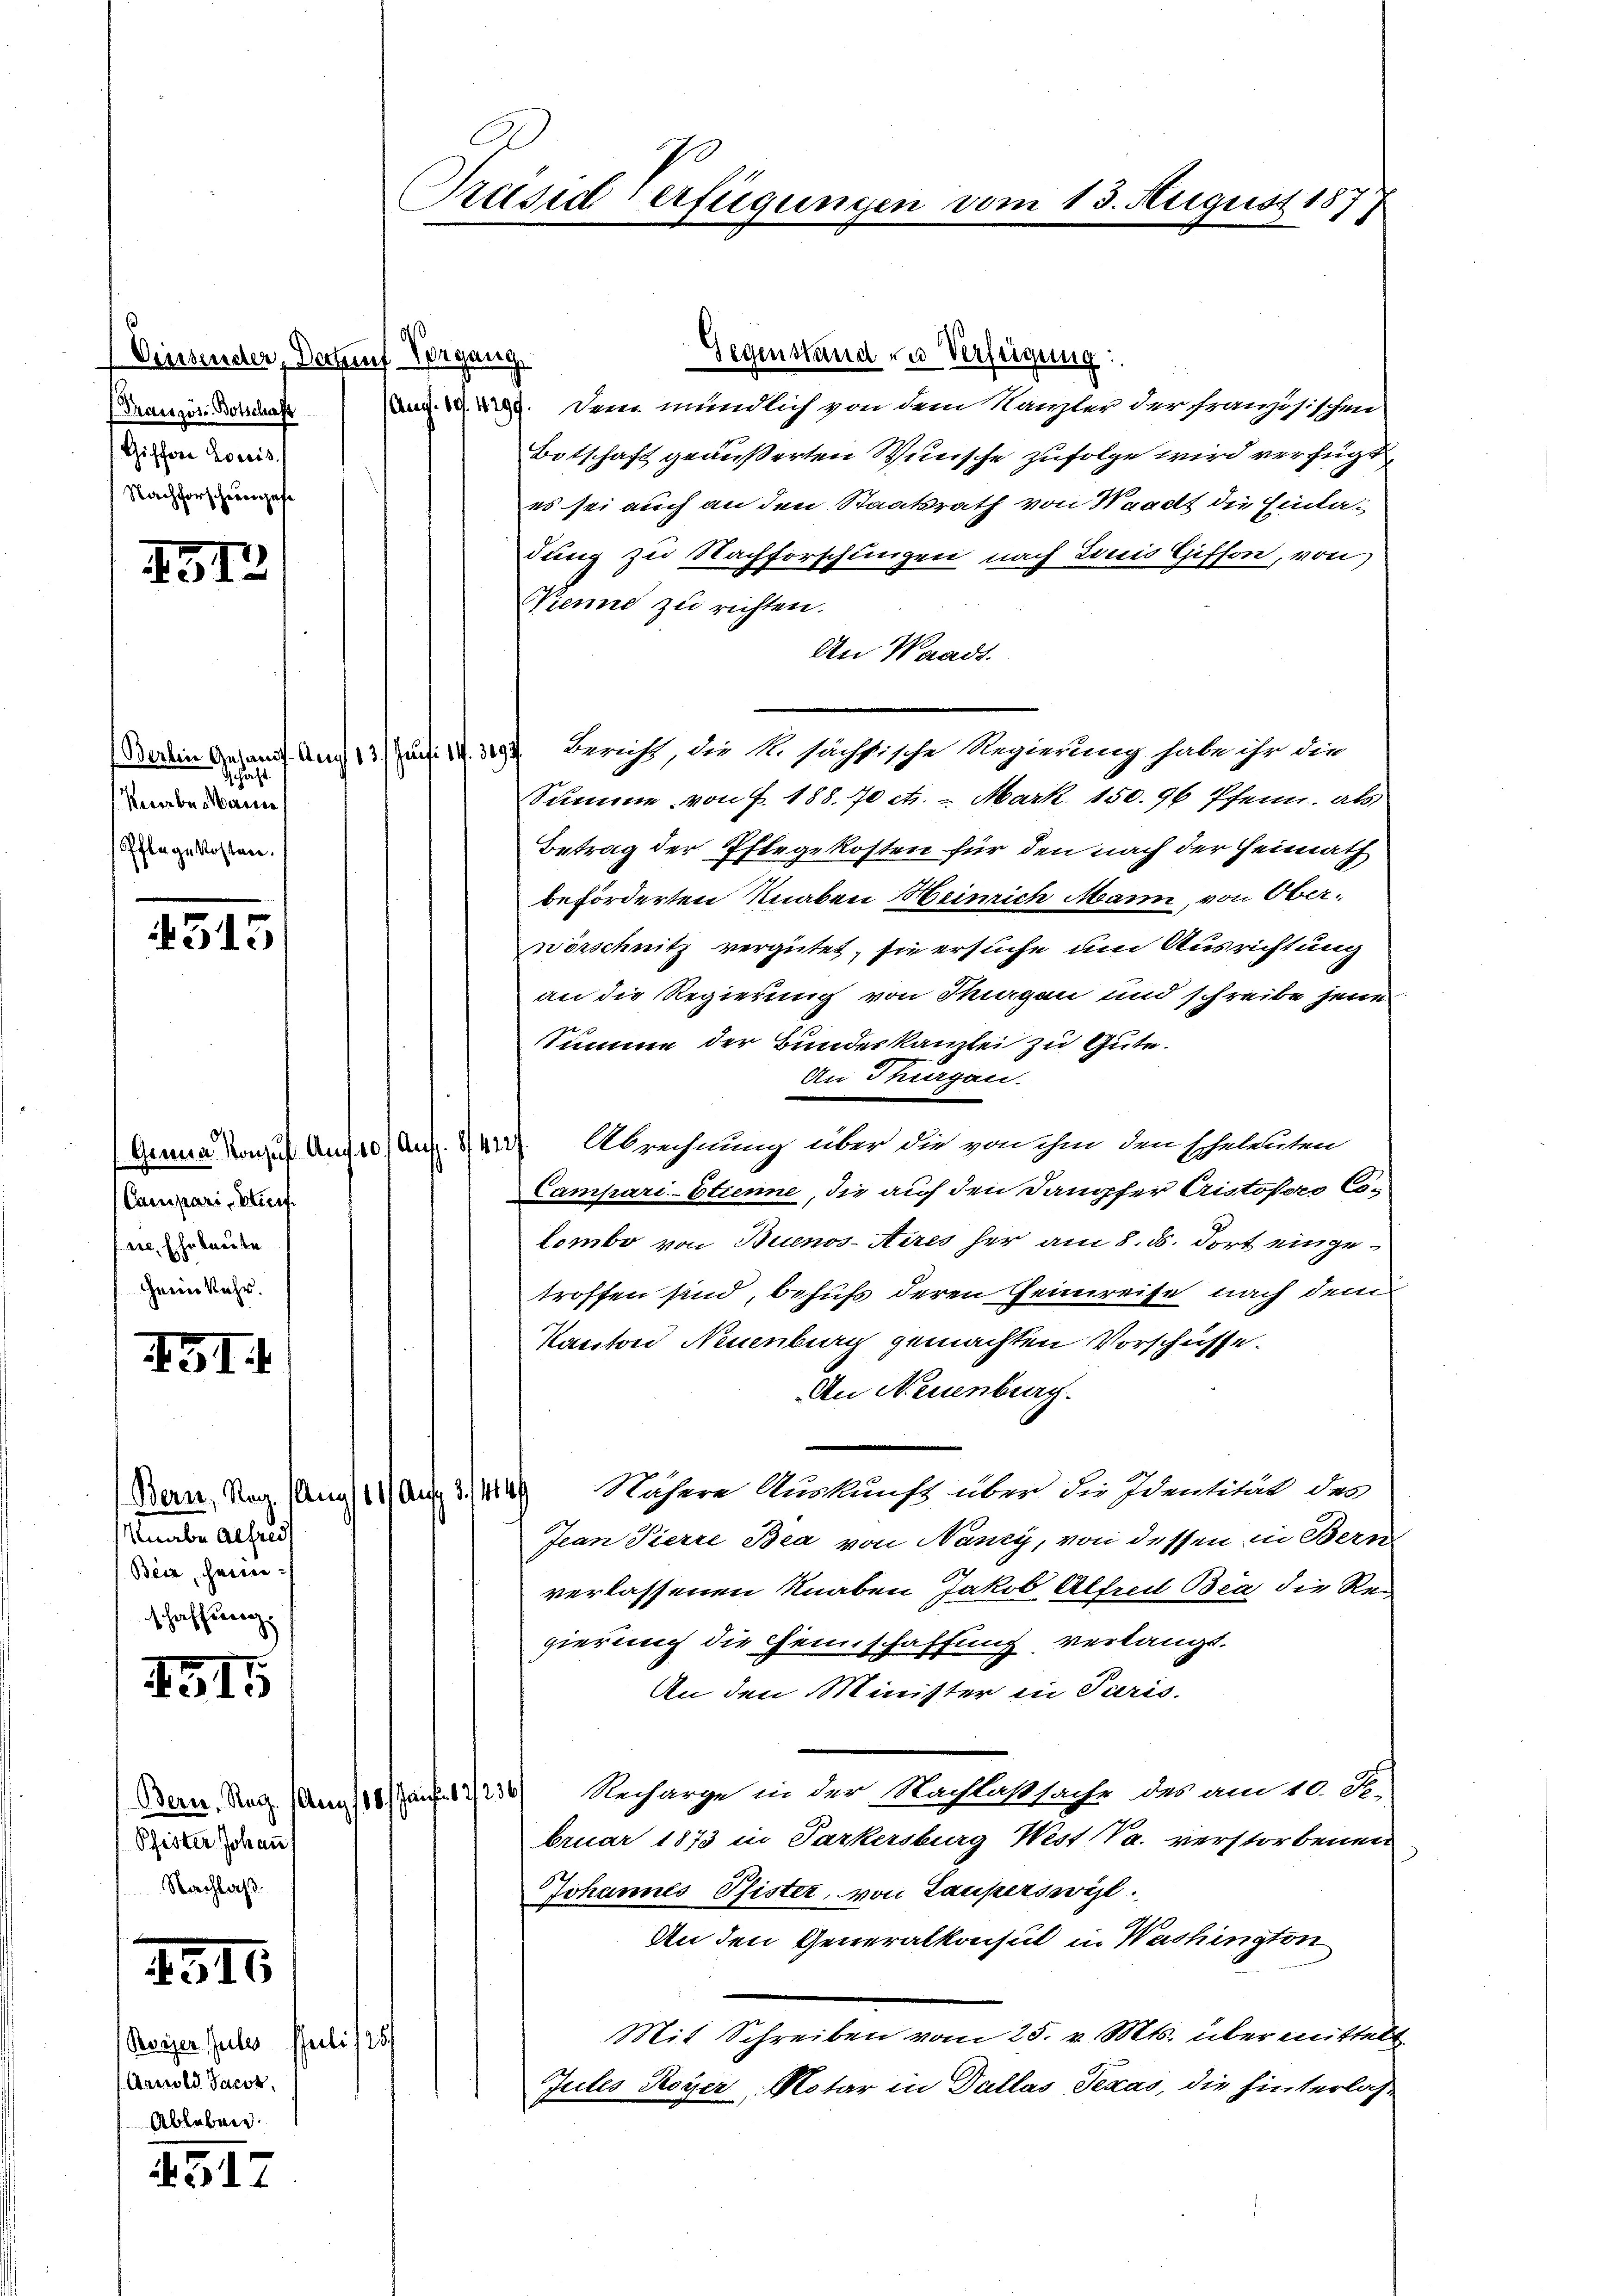
(Diesenden, Detauf Vorgang
(Französ-Botschaft
Giffere Loceis.
Nachforscheuenhofe

G12

Schaft.
Keverbe Mercice
Pflegekosten.

4515

Campari, Bierf
er Ehrleute
Geimkehr.

GI.

Knabe Alfrei
Beiz, Heinschaffung.

1515

Pfister Johan
Nachlaß

1316

Reiger schule Juli/251
Arnold Jacob,
Ableben.

451.

Gegenstand zu Verfügung:
. Der mündlich von dem Kanzler der französischen
Botschaft geäußerten Wünsche zufolge wird verfügt
es sei auch an den Staatsrath von Waadt die Einladung zu Nachforschungen nach Louis Giffon, von
Kienne zu richten.
An Waadt.
Dasein Gesandf. Aug 13. Juni IV 329. Bericht, die M. sächstische Regierung habe ihr die
Summe von f. 188. 70 et. - Mark. 150. 96 Pfenn, als
Betrag der Pflegekosten für den nach der Heimath
beförderten Knaben Heinrich Mann, von Oberwörschnitz vergütet, sie ersuche um Ausrichtung
an die Regierung von Thurgen und schreibe jene
Summe der Bundeskanzlei zu Gute.
An Thurgau.
Ganna Konzuf. Auf 10/Aug. 142). Abrechnung über die von ihm den scheldeten
Campari-Etienne, die auf den Dampfer Cristofort Colombe von Buenos-Aires her am 8. d. dort eingetroffen sind, behufs deren Heimreise nach dem
Kanton Neuenburg gemachten Vorschüsse.
An Neuenburg.
Bern, Reg. (Ung/11) Auf 3./449 Nähere Auskunft über die Identität der
Jean Pierre Bea von Nancy, von dessen in Bern
verlassenen Knaben Jakob Alfrei Bea die Re
gierung die Fenschaffung verlangt.
An den Minister in Paris.
Bern. Reg. (Am 10/1223) Recharge in der Machlastsache das am 10. S.
bruar 1873 in Parkersburg West (Va. verstorbenen
Johannes Pfister, von Lauperswyl.
An den Generalkonsul in Washington
Mit Schreiben vom 25. v. Mts. übermittelt
Jules Royer Notar in Dallas Texas, die hinterlas¬

Präsid Verfügungen

vom 13. August 187